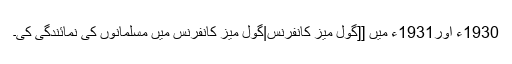
1930ء اور1931ء میں [[گول میز کانفرنس|گول میز کانفرنس میں مسلمانوں کی نمائندگی کی۔